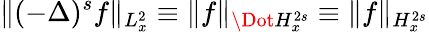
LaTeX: \lVert(-\Delta)^{s}f\rVert_{L_{x}^{2}}\equiv\lVert f\rVert_{\Dot{H}_{x}^{2s}}\equiv\lVert f\rVert_{H_{x}^{2s}}